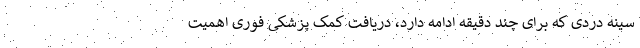
سینه دردی که برای چند دقیقه ادامه دارد، دریافت کمک پزشکی فوری اهمیت